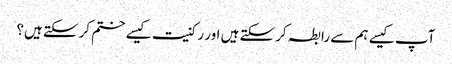
آپ کیسے ہم سے رابطہ کرسکتے ہیں اور رکنیت کیسے ختم کرسکتے ہیں؟